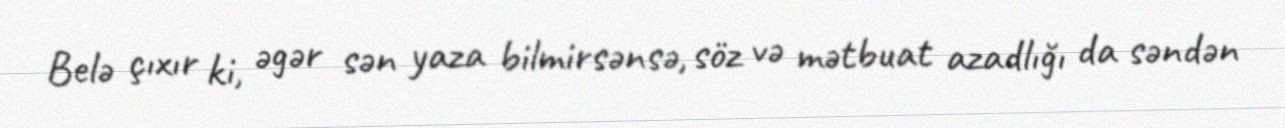
Belə çıxır ki, əgər sən yaza bilmirsənsə, söz və mətbuat azadlığı da səndən